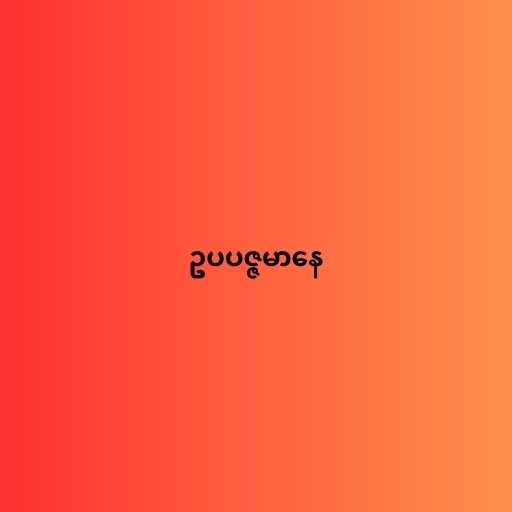
ဥပပဇ္ဇမာနေ